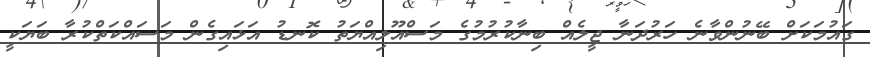
ގައުމަކަށް ބޭނުންވާނެ ހަރުދަނާ ޖީލެއް ބިނާކުުރުމުގެ މަސްއޫލިއްޔަތު ކޮނޑު އަޅައިގެން މަސައްކަތްކުރާ ބަޔަކީ